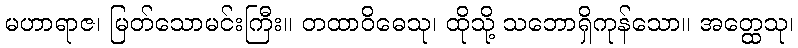
မဟာရာဇ၊ မြတ်သောမင်းကြီး။ တထာဝိဓေသု၊ ထိုသို့ သဘောရှိကုန်သော။ အတ္ထေသု၊